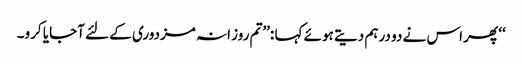
‘‘ پھر اس نے دو درہم دیتے ہوئے کہا :’’تم روز انہ مزدوری کے لئے آجایا کرو۔